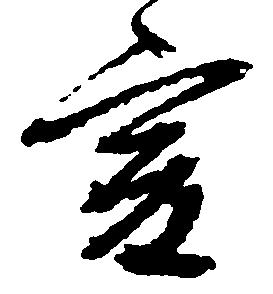
爰